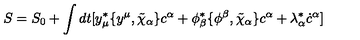
S = S _ { 0 } + \int d t [ y _ { \mu } ^ { * } \{ y ^ { \mu } , \tilde { \chi } _ { \alpha } \} c ^ { \alpha } + \phi _ { \beta } ^ { * } \{ \phi ^ { \beta } , \tilde { \chi } _ { \alpha } \} c ^ { \alpha } + \lambda _ { \alpha } ^ { * } \dot { c } ^ { \alpha } ]